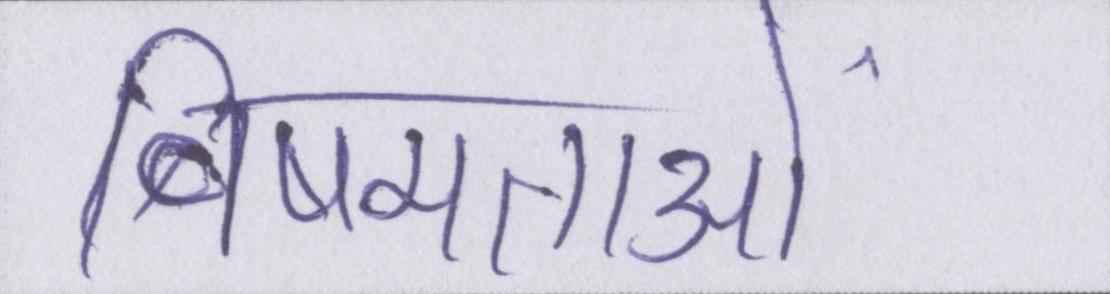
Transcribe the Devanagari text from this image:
विषमताओं